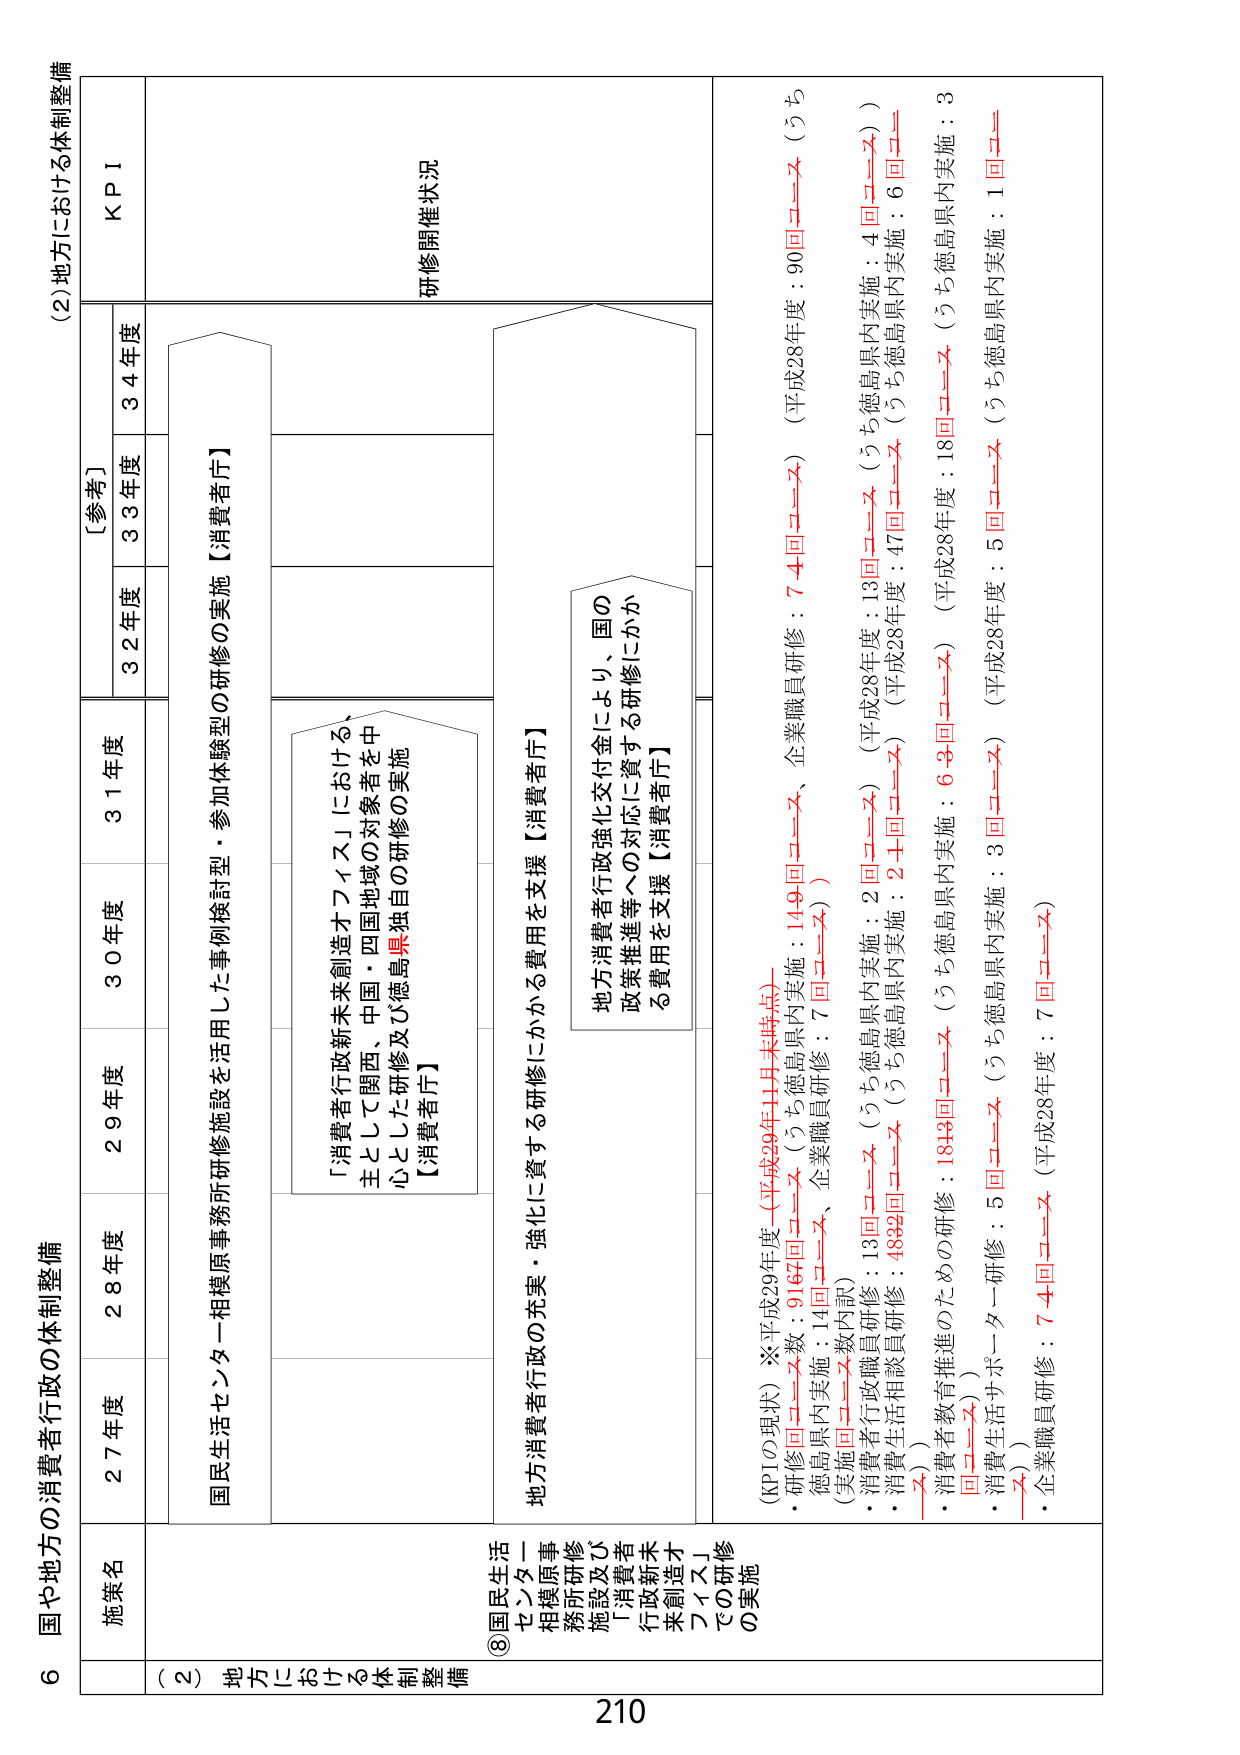
6 国や地方の消費者行政の体制整備

(2) 地方における体制整備

施策名
27年度
28年度
29年度
30年度
31年度
[参考]
32年度
33年度
34年度
KPI

(2) 地方における体制整備

⑧国民生活センター相模原事務所研修施設及び「消費者行政新未来創造オフィス」での研修の実施

国民生活センター相模原事務所研修施設を活用した事例検討型・参加体験型の研修の実施【消費者庁】
「消費者行政新未来創造オフィス」における、主として関西、中国・四国地域の対象者を中心とした研修及び徳島県独自の研修の実施【消費者庁】

地方消費者行政の充実・強化に資する研修にかかる費用を支援【消費者庁】
地方消費者行政強化交付金により、国の政策推進等への対応に資する研修にかかる費用を支援【消費者庁】

研修開催状況

(KPIの現状) ※平成29年度（平成29年11月末時点）
・研修回数：9167回（うち徳島県内実施：149回、企業職員研修：74回）（平成28年度：90回）
（徳島県内実施：14回、企業職員研修：7回）
（実施回数内訳）
・消費者行政職員研修：13回（うち徳島県内実施：2回）（平成28年度：13回（うち徳島県内実施：4回））
・消費生活相談員研修：4882回（うち徳島県内実施：24回）（平成28年度：47回（うち徳島県内実施：6回））
・消費者教育推進のための研修：1843回（うち徳島県内実施：63回）（平成28年度：18回（うち徳島県内実施：3回））
・消費生活サポーター研修：5回（うち徳島県内実施：3回）（平成28年度：5回（うち徳島県内実施：1回））
・企業職員研修：74回（平成28年度：7回）

210